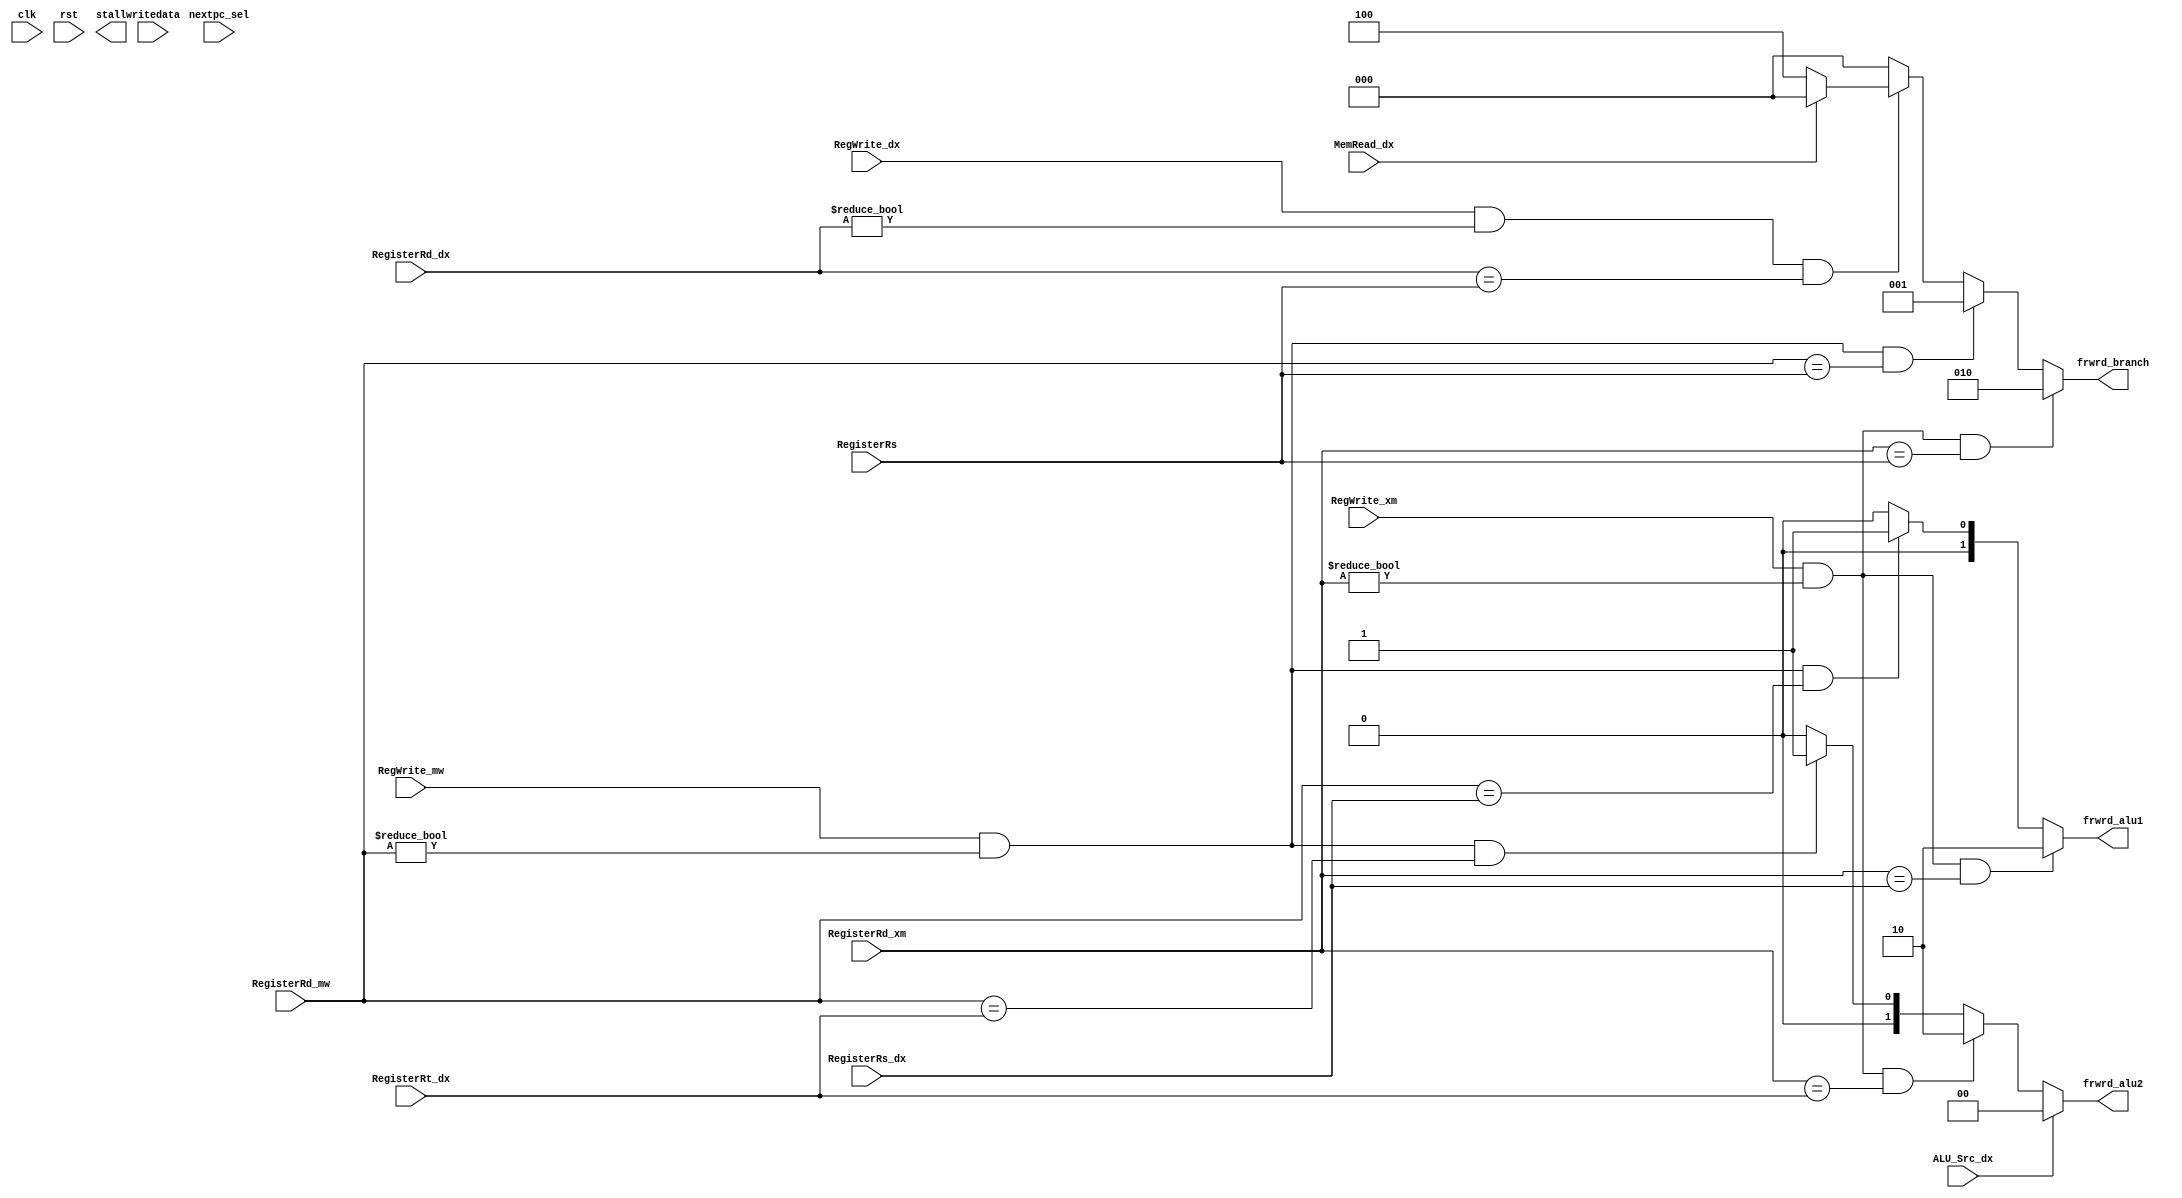
module hazard(
    input clk,
    input rst,
    input [2:0] RegisterRs,     // straight from decode. for frwrd branch
    input [2:0] RegisterRs_dx,  
    input [2:0] RegisterRt_dx,
    input [2:0] RegisterRd_xm,
    input [2:0] RegisterRd_dx,
    input [2:0] RegisterRd_mw,
    input RegWrite_xm,
    input RegWrite_dx,
    input MemRead_dx,
    input ALU_Src_dx,
    input [2:0] nextpc_sel,
    input RegWrite_mw,
    input [15:0] writedata,    // currently being written to register file
    output reg stall,
    output reg [1:0] frwrd_alu1,
    output reg [1:0] frwrd_alu2,
    output reg [2:0] frwrd_branch
);

    // DATA HAZARD/ FORWARDING UNIT
    always @(*) begin
        frwrd_alu1 = 0; // default alu inputs to come from dx reg (no forwarding)
        frwrd_alu2 = 0;
        frwrd_branch = 0;
        //flush = 0;
        
        // forwarding for alu1 input in EXECUTE
        if (RegWrite_xm & (RegisterRd_xm != 0) & (RegisterRd_xm == RegisterRs_dx)) begin
            frwrd_alu1 = 2;     // check for Rs xm dependency
        end
        // if xm dependency found no need to check for mw and mw_prev dependencies. use most recent value
        else if (RegWrite_mw & (RegisterRd_mw != 0) & (RegisterRd_mw == RegisterRs_dx)) begin
            frwrd_alu1 = 1;     // check for Rs mw dependency      
        end

        // forwarding for ALU2 input in EXECUTE
        if (ALU_Src_dx) begin      // no forwarding for alu2 required if i type instruction
            frwrd_alu2 = 0;
        end
        else if (RegWrite_xm & (RegisterRd_xm != 0) & (RegisterRd_xm == RegisterRt_dx)) begin
            frwrd_alu2 = 2;     // check for Rt xm dependency
        end
        else if (RegWrite_mw & (RegisterRd_mw != 0) & (RegisterRd_mw == RegisterRt_dx)) begin
            frwrd_alu2 = 1;     // check for Rt mw dependency      
        end


        // forwarding for branch decision logic in DECODE stage
        if (RegWrite_dx & (RegisterRd_dx != 0) & (RegisterRd_dx == RegisterRs)) begin
            if (MemRead_dx) begin
                // previous instr was a load. need to stall for two cycles
            end
            else begin  // flush currently fetching instr
                frwrd_branch = 4;   // frwrd branch data from alu_out to decode stage
            end
            
        end
        if (RegWrite_xm & (RegisterRd_xm != 0) & (RegisterRd_xm == RegisterRs)) begin
            frwrd_branch = 2;     // check for Rs xm dependency
        end
        else if (RegWrite_mw & (RegisterRd_mw != 0) & (RegisterRd_mw == RegisterRs)) begin
            frwrd_branch = 1;     // check for Rs mw dependency      
        end

    end

    // // Load-use data Hazard detection unit => Reg read immediately after a Load. Memory read not completed in time for next instr execute stage. 
    // // Need to stall pipeline
    // always @(*) begin
    //     if (MemRead_dx) begin
    //     // is the load going to write to a reg that we'll read from right after? 
    //         if (RegisterRt_dx == RegisterRs_fd | RegisterRt_dx == RegisterRt_fd) begin
    //             // stall the pipeline
    //             // 1) tell the control unit to zero all the relevant control signals that are going into the dx reg.
    //             // 2) hold pc in place so that the instructions currently in F and D stage stay there
    //         end   
    //     end
    // end
    
endmodule